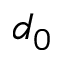
d _ { 0 }